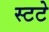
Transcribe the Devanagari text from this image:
स्टटे